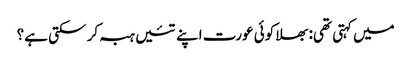
میں کہتی تھی: بھلا کوئی عورت اپنے تئیں ہبہ کر سکتی ہے؟